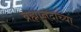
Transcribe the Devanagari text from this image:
ब्रह्मानंदाच्या